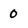
Character: 0